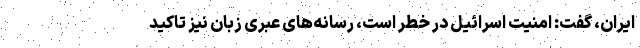
ایران، گفت: امنیت اسرائیل در خطر است، رسانه‌های عبری زبان نیز تاکید